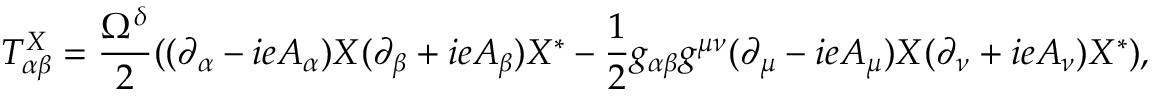
T _ { \alpha \beta } ^ { X } = \frac { \Omega ^ { \delta } } { 2 } ( ( \partial _ { \alpha } - i e A _ { \alpha } ) X ( \partial _ { \beta } + i e A _ { \beta } ) X ^ { * } - \frac { 1 } { 2 } g _ { \alpha \beta } g ^ { \mu \nu } ( \partial _ { \mu } - i e A _ { \mu } ) X ( \partial _ { \nu } + i e A _ { \nu } ) X ^ { * } ) ,